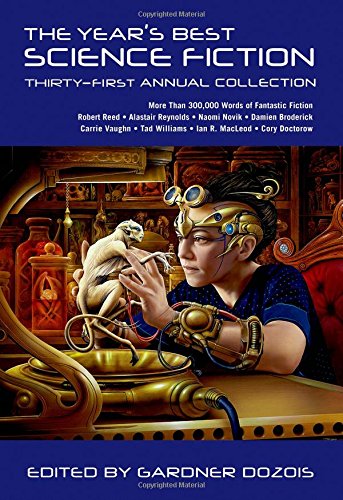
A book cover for The Year's Best Science Fiction: Thirty-First Annual Collection; Science Fiction & Fantasy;